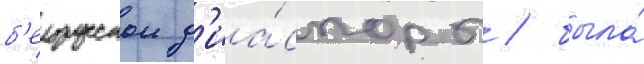
б'елорусскои д'иа́споры / была́